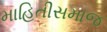
માહિતીસમાજ